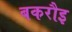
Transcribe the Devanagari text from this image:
बकरौइ